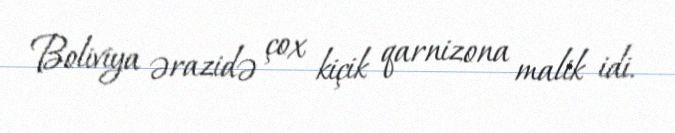
Boliviya ərazidə çox kiçik qarnizona malik idi.